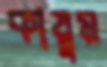
কায়ুম